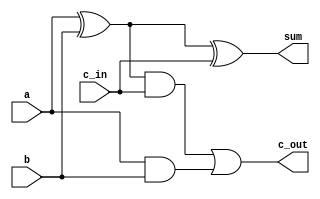
// Code for full adder using gates
module full_adder(
    sum,c_out,a,b,c_in
);
input a,b,c_in;
output sum,c_out;

// intermediate values
wire s1; // sum value
wire c1,c2; // carry values
//Sum
xor(s1,a,b);
xor(sum,s1,c_in);
//Carry
and(c1,a,b);
and(c2,s1,c_in);
or(c_out,c2,c1);


endmodule